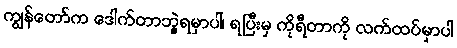
ကျွန်တော်က ဒေါက်တာဘွဲ့ရမှာပါ၊ ရပြီးမှ ကိုရီတာကို လက်ထပ်မှာပါ